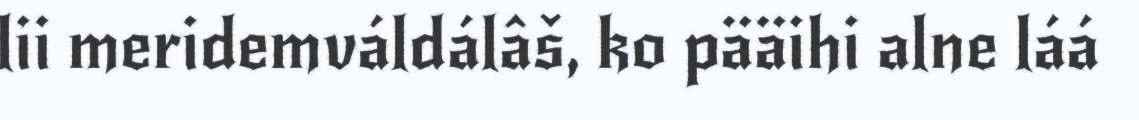
lii meridemváldálâš, ko pääihi alne láá